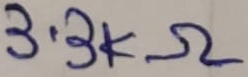
Text: 3.3KΩ